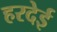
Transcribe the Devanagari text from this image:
हरदेई